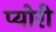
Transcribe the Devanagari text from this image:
प्योरी